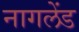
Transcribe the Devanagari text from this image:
नागलेंड